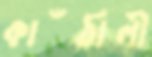
কাঁঠালী